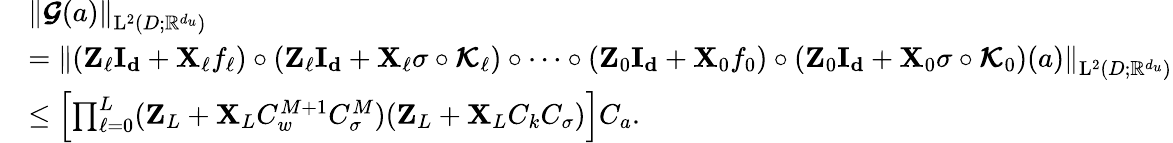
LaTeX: \begin{array}{rl}&{\left\| \boldsymbol{\mathcal{G}}(a)\right\| _{\mathrm{L}^{2}(D;\mathbb{R}^{d_{u}})}}\\ &{=\left\| (\boldsymbol{\mathrm{Z}}_{\ell}\boldsymbol{\mathrm{I_{d}}}+\boldsymbol{\mathrm{X}}_{\ell}f_{\ell})\circ(\boldsymbol{\mathrm{Z}}_{\ell}\boldsymbol{\mathrm{I_{d}}}+\boldsymbol{\mathrm{X}}_{\ell}\sigma\circ\boldsymbol{\mathcal{K}}_{\ell})\circ\cdots\circ(\boldsymbol{\mathrm{Z}}_{0}\boldsymbol{\mathrm{I_{d}}}+\boldsymbol{\mathrm{X}}_{0}f_{0})\circ(\boldsymbol{\mathrm{Z}}_{0}\boldsymbol{\mathrm{I_{d}}}+\boldsymbol{\mathrm{X}}_{0}\sigma\circ\boldsymbol{\mathcal{K}}_{0})(a)\right\| _{\mathrm{L}^{2}(D;\mathbb{R}^{d_{u}})}}\\ &{\leq\left[\prod_{\ell=0}^{L}(\boldsymbol{\mathrm{Z}}_{L}+\boldsymbol{\mathrm{X}}_{L}C_{w}^{M+1}C_{\sigma}^{M})(\boldsymbol{\mathrm{Z}}_{L}+\boldsymbol{\mathrm{X}}_{L}C_{k}C_{\sigma})\right]C_{a}.}\end{array}